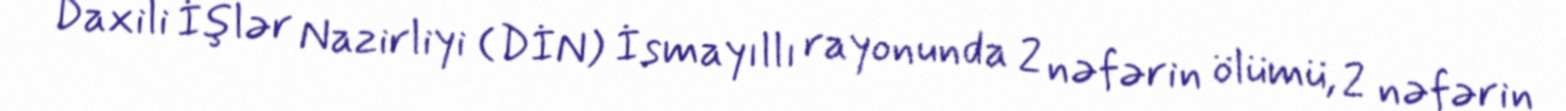
Daxili İşlər Nazirliyi (DİN) İsmayıllı rayonunda 2 nəfərin ölümü, 2 nəfərin